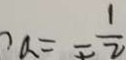
? a = \frac { 1 } { 2 }